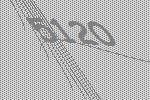
5120